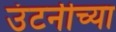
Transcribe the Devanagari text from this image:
उंटनीच्या